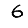
Digit: 6